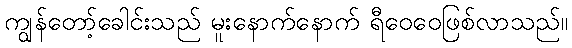
ကျွန်တော့်ခေါင်းသည် မူးနောက်နောက် ရီဝေဝေဖြစ်လာသည်။